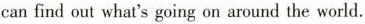
can find out what's going on around the world.